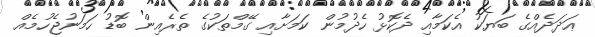
ޢަދަދެއްގެ ބަޔަކު އެކަމާއި ދެކޮޅު ހެދުމުން ކަމަށާއި ގޭމްތަކުގެ ތެރެއިން ބޮޑު ހަމަނުޖެހުމެއް